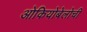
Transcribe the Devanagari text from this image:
ओकियोबेलोची